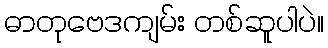
ဓာတုဗေဒကျမ်း တစ်ဆူပါပဲ။